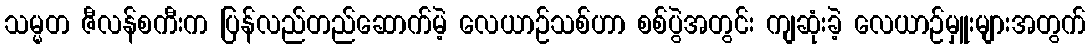
သမ္မတ ဇီလန်စကီးက ပြန်လည်တည်ဆောက်မဲ့ လေယာဉ်သစ်ဟာ စစ်ပွဲအတွင်း ကျဆုံးခဲ့ လေယာဉ်မှူးများအတွက်